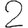
Digit: 2